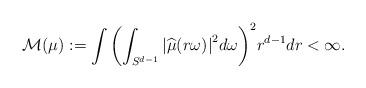
LaTeX: \begin{align*} \mathcal{M}(\mu):=\int {\left( \int_{S^{d-1}} {|\widehat{\mu}(r \omega)|}^2 d\omega \right)}^2 r^{d-1} dr<\infty. \end{align*}